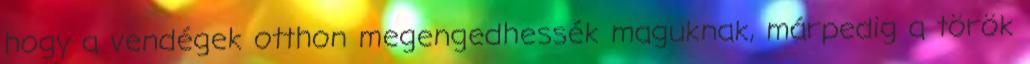
hogy a vendégek otthon megengedhessék maguknak, márpedig a török